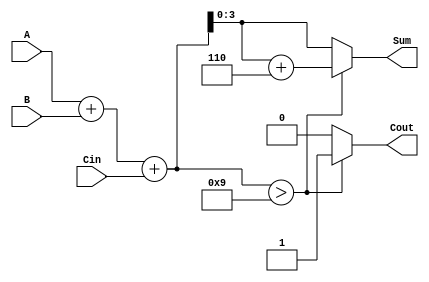
module BCD_Hybrid_Adder (
    input  wire [3:0] A,    // First BCD digit
    input  wire [3:0] B,    // Second BCD digit
    input  wire Cin,         // Carry input
    output reg  [3:0] Sum,   // BCD sum output
    output reg  Cout         // Carry output
);

    // Internal signals
    wire [4:0] binary_sum;   // 5-bit sum to accommodate carry
    wire correction_needed;    // Flag for correction logic

    // Binary adder
    assign binary_sum = A + B + Cin;

    // Determine if correction is needed (if binary_sum > 9)
    assign correction_needed = binary_sum > 5'b01001; // 9 in binary

    always @(*) begin
        if (correction_needed) begin
            // If correction is needed, add 6 (4'b0110)
            Sum = binary_sum + 5'b00110; // 6 in binary
            Cout = 1'b1; // Set carry out
        end else begin
            Sum = binary_sum[3:0]; // Use lower 4 bits as sum
            Cout = 1'b0; // No carry out
        end
    end

endmodule